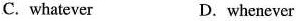
C.whatever D.whenever